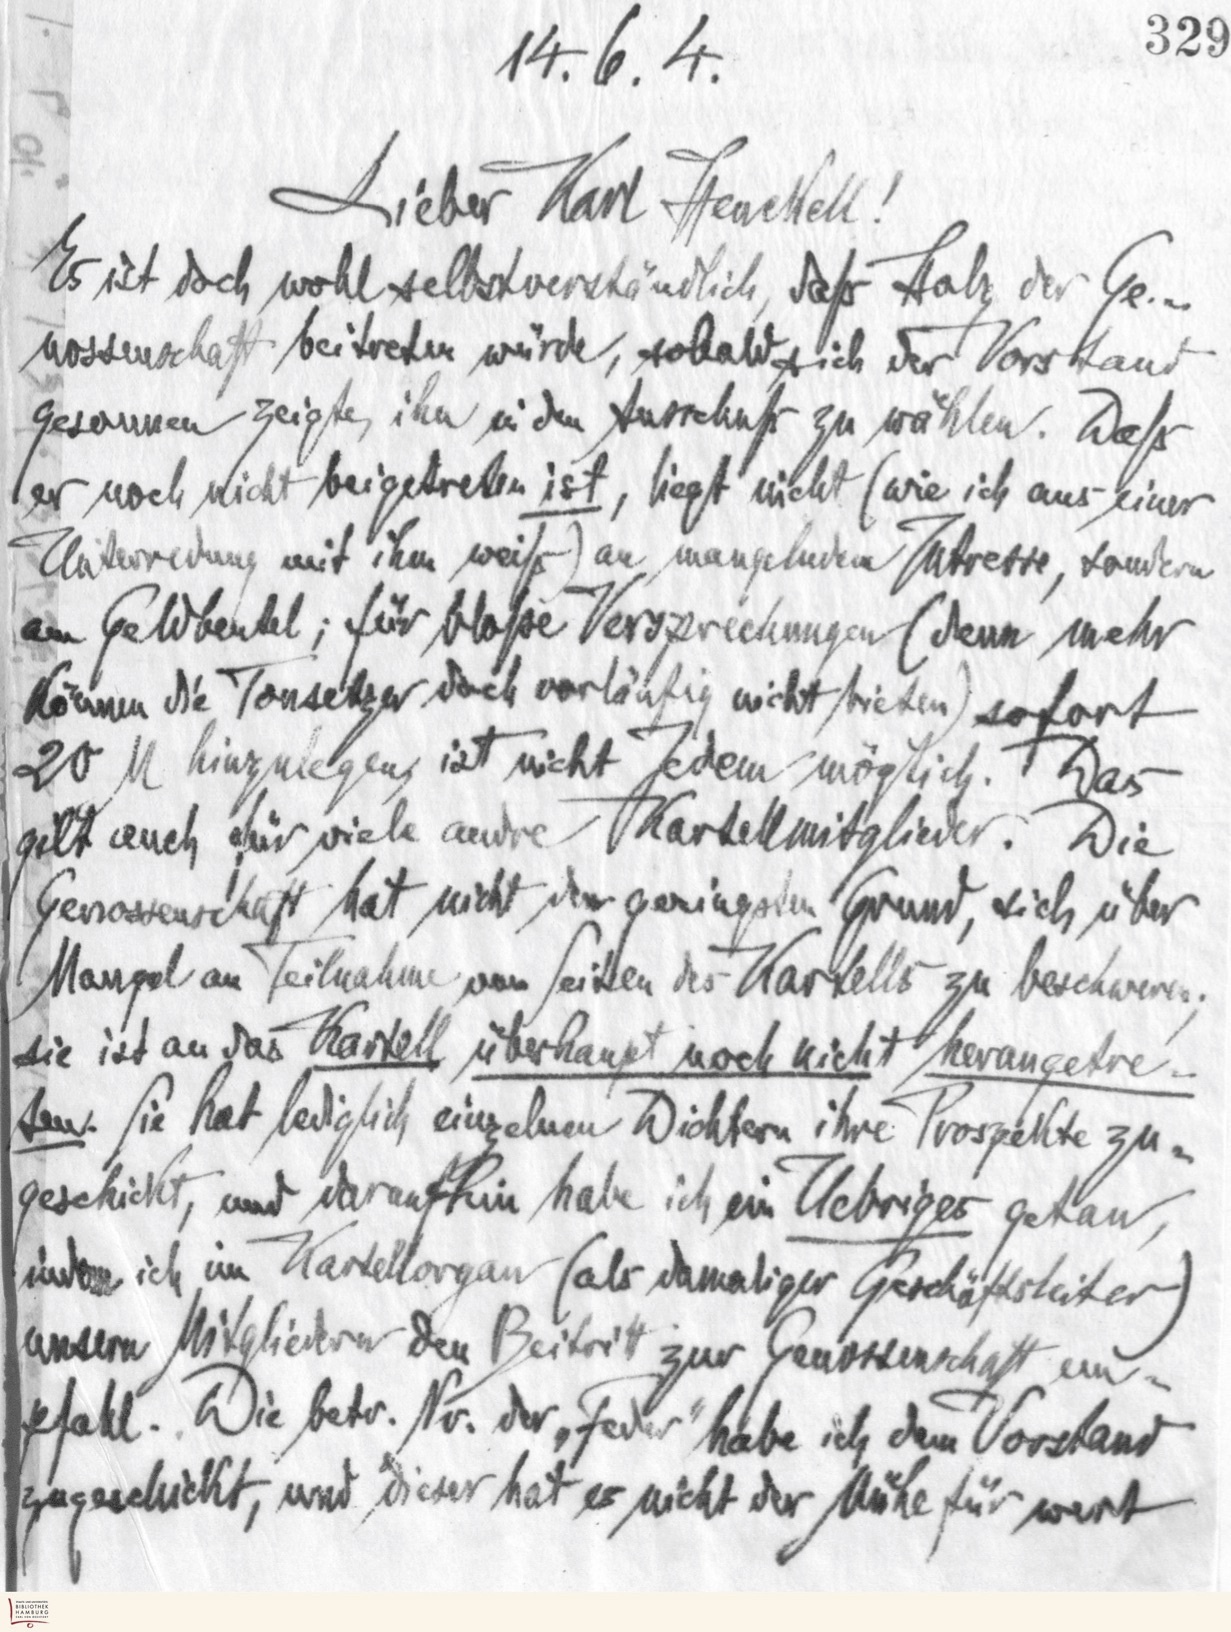
329
14.6. 4
Lieber Karl Henckell !
Es ist doch wohl selbstverständlich, dass Holz der Ge-
nossenschaft beitreten würde, sobald sich der Vorstand
gesonnen zeigte, ihn in den Ausschuß zu wählen. Daß
er noch nicht beigetreten ist, liegt nicht (wie ich aus einer
Unterredung mit ihm weiß) an mangelndem Intresse, sondern
am Geldbeutel; für bloße Versprechungen (denn mehr
können die Tonsetzer doch vorläufig nicht bieten) sofort
20 M hinzulegen, ist nicht Jedem möglich. Das
gilt auch für viele andre Kartellmitglieder. Die
Genossenschaft hat nicht den geringsten Grund, sich über
Mangel an Teilnahme von Seiten des Kartells zu beschweren;
sie ist an das Kartell überhaupt noch nicht herangetre-
ten. Sie hat lediglich einzelnen Dichtern ihre Prospekte zu-
geschickt, und daraufhin habe ich ein Uebriges getan,
indem ich im Kartellorgan (als damaliger Geschäftsleiter)
unsern Mitgliedern den Beitritt zur Genossenschaft em-
pfahl. Die betr. Nr. der „Feder‟ habe ich dem Vorstand
zugeschickt, und dieser hat es nicht der Mühe für wert